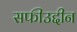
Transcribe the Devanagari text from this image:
सफीउद्दीन